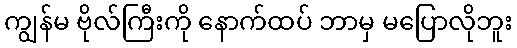
ကျွန်မ ဗိုလ်ကြီးကို နောက်ထပ် ဘာမှ မပြောလိုဘူး